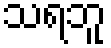
သရဘူ